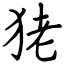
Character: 狫